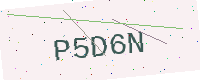
Text: P5D6N